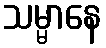
သမ္မာနေ